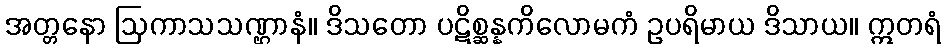
အတ္တနော ဩကာသသဏ္ဌာနံ။ ဒိသတော ပဋိစ္ဆန္နကိလောမကံ ဥပရိမာယ ဒိသာယ။ ဣတရံ